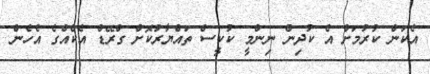
އެކަން ކުރުމަށް އެ ކުދިން ނިންމީ ކުކީސް ތައްޔާރުކޮށް ގްރޭޑް އެކެއްގެ އެހެން